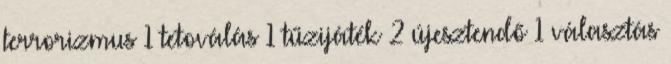
terrorizmus 1 tetoválás 1 tűzijáték 2 újesztendő 1 választás